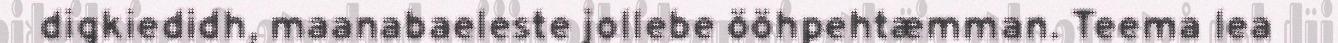
digkiedidh, maanabaeleste jollebe ööhpehtæmman. Teema lea